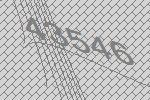
43546